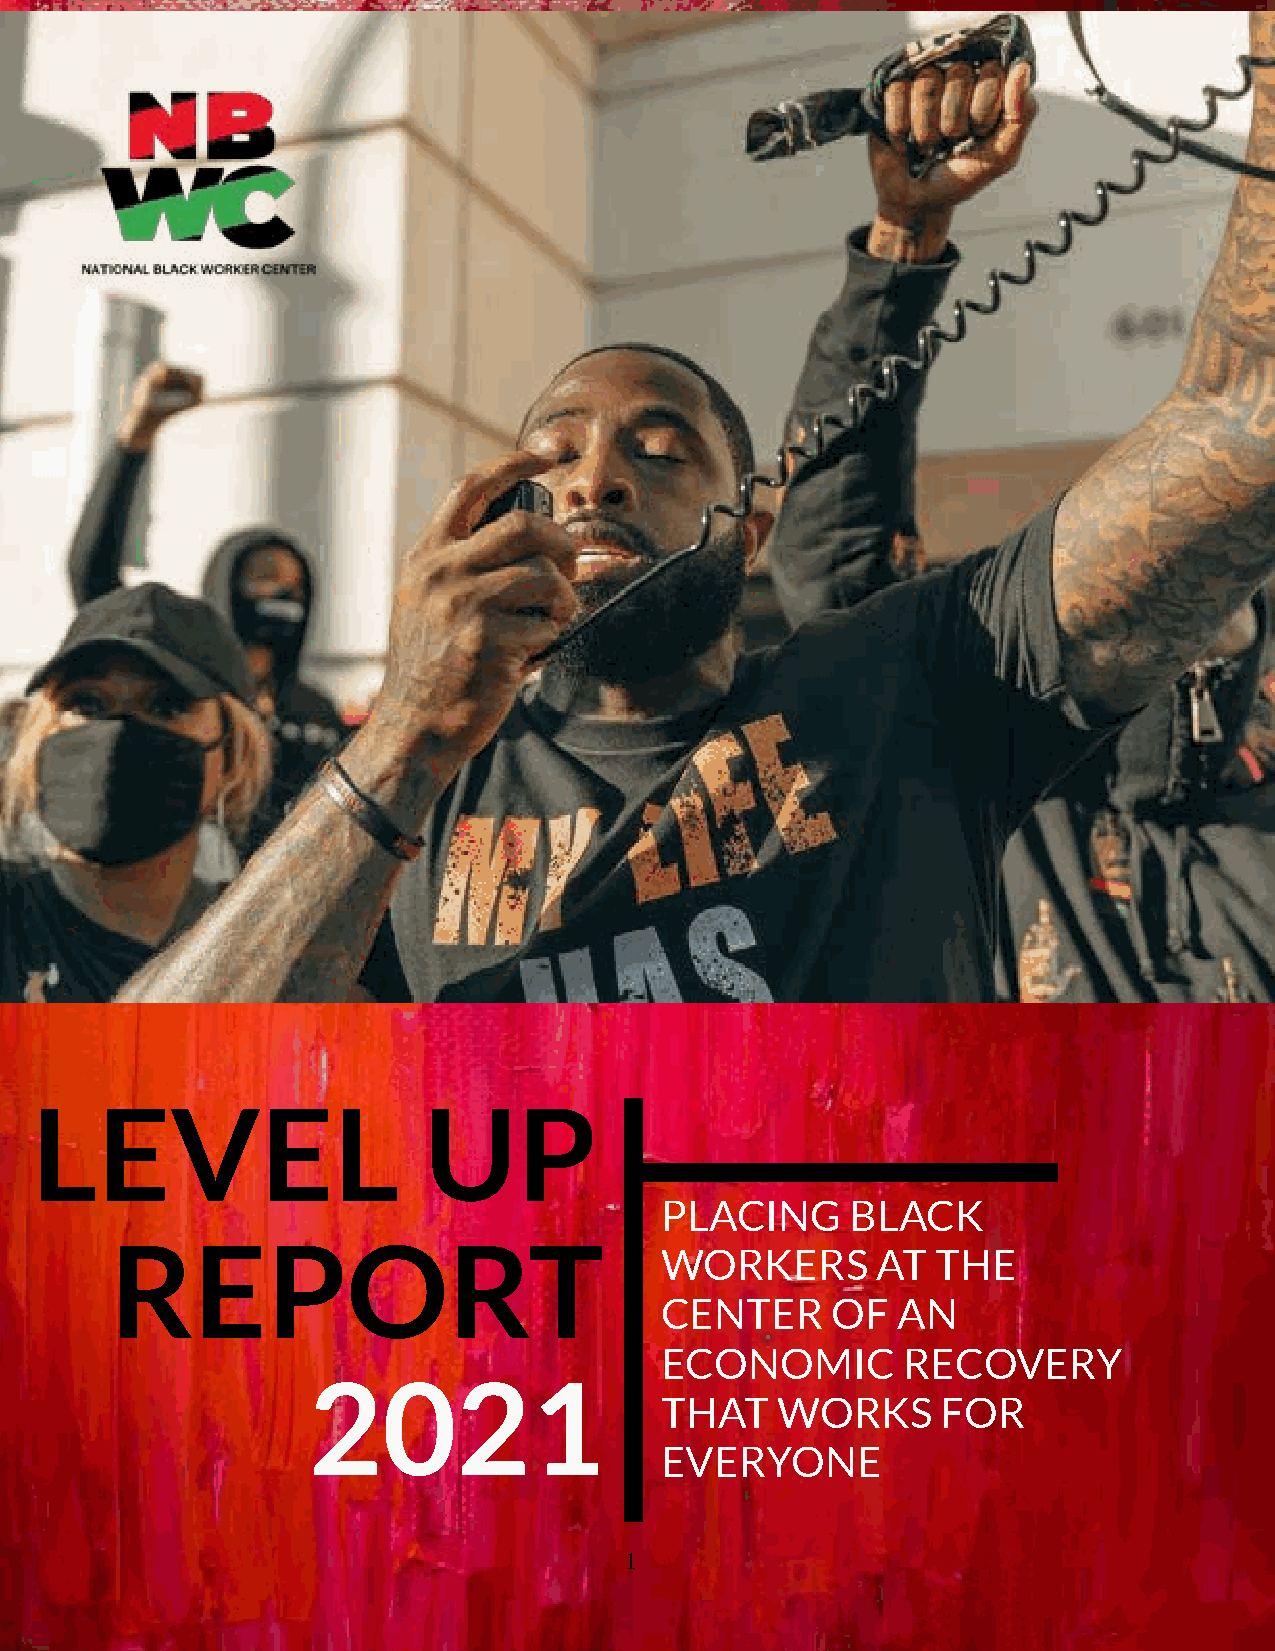
LEVEL                     UP
 PLACING     BLACK
 REPORT
 WORKERS       AT  THE
 CENTER     OF  AN
 ECONOMIC        RECOVERY
 2021
 THAT   WORKS      FOR
 EVERYONE
 1